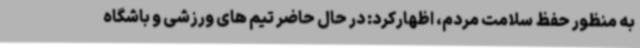
به منظور حفظ سلامت مردم، اظهارکرد: در حال حاضر تیم های ورزشی و باشگاه